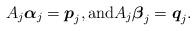
LaTeX: \begin{align*}A_j \boldsymbol{\alpha}_j= \boldsymbol{p}_j, \textrm{and} A_j \boldsymbol{\beta}_j= \boldsymbol{q}_j.\end{align*}